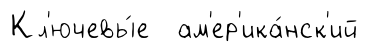
Кл'ючевы́е ам'ер'ика́нск'ий